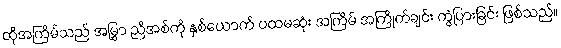
ထိုအကြိမ်သည် အမြွှာ ညီအစ်ကို နှစ်ယောက် ပထမဆုံး အကြိမ် အကြိုက်ချင်း ကွဲပြားခြင်း ဖြစ်သည်။